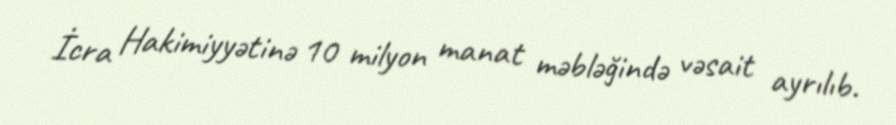
İcra Hakimiyyətinə 10 milyon manat məbləğində vəsait ayrılıb.